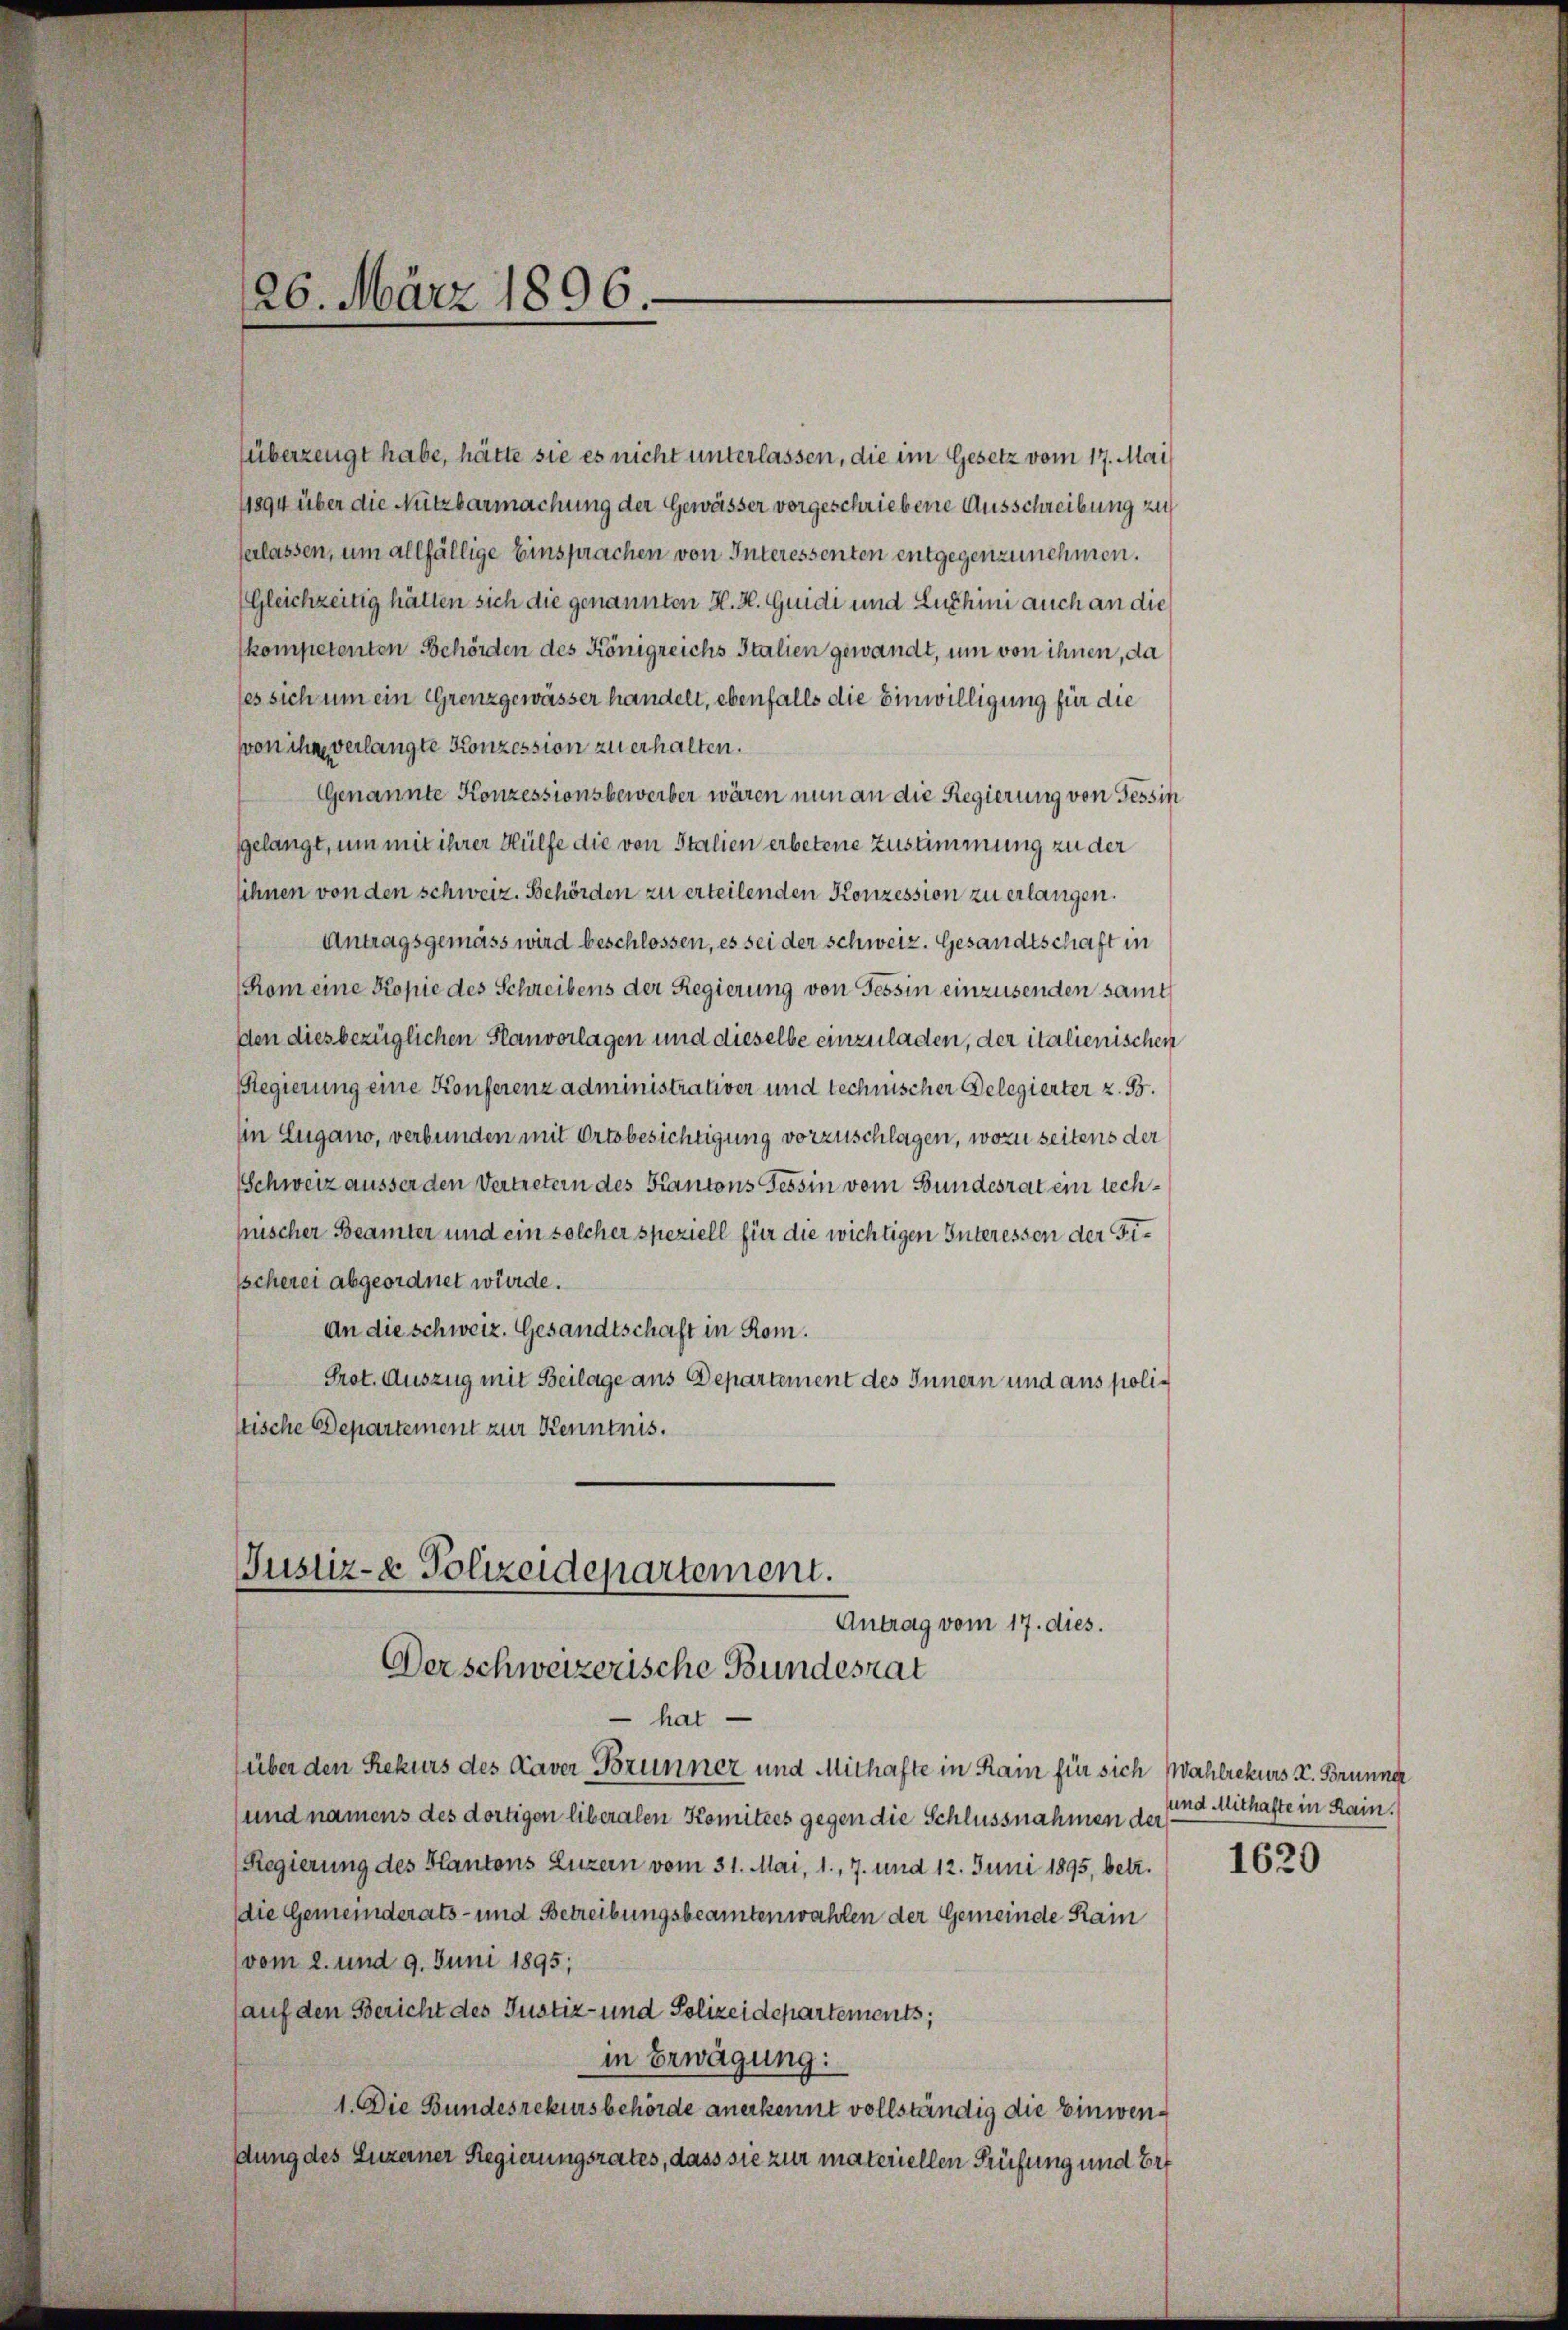
26. März 1896.

überzeugt habe, hätte sie es nicht unterlassen, die im Gesetz vom 17. Mai
11894 über die Nutzbarmachung der Gewässer vorgeschriebene Ausschreibung zu
verlassen, um allfällige Einsprachen von Interessenten entgegenzunehmen.
Gleichzeitig hätten sich die genannten H. H. Guidi und Luchini auch an die
kompetenten Behörden des Königreichs Italien gewandt, um von ihnen, da
(es sich um ein Grenzgewässer handelt, ebenfalls die Einwilligung für die
von ihn verlangte Konzession zu erhalten.
Genannte Konzessionsbewerber wären nun an die Regierung von Tessin
gelangt, um mit ihrer Hülfe die von Stalien erbetene Zustimmung zu der
sihnen von den schweiz. Behörden zu erteilenden Konzession zu erlangen.
Antragsgemäss wird beschlossen, es sei der schweiz. Gesandtschaft in
Kom eine Kopie des Schreibens der Regierung von Tessin einzusenden samt
den dies bezüglichen Planvorlagen und dieselbe einzuladen, der italienischen
Regierung eine Konferenz administrativer und technischer Delegierter z. B.
in Eugano, verbunden mit Ortsbesichtigung vorzuschlagen, wozu seitens der
Schweiz äusser den Vertretern des Kantons Tessin vom Bundesrat ein techfischer Beamter und ein solcher speziell für die wichtigen Interessen der Fi¬
Escherei abgeordnet würde.
An die schweiz. Gesandtschaft in Rom.
Prot. Auszug mit Beilage aus Departement des Innern und aus polistische Departement zur Kenntnis.

Justiz- & Polizeidepartement.
Antrag vom 17. dies.
Derschweizerische Bundesrat
 hat

(über den Rekurs des Caver Brunner und Mithafte in Kam für sich Wahlrekurs u. Brunner
und namens des dortigen liberalen Komitees gegen die Schlussnahmen der
(Regierung des Kantons Luzern vom 31. Mai, 1., 7. und 12. Juni 1895, betr.
die Gemeinderats- und Betreibungsbeamten wahlen der Gemeinde Rain
vom 2. und 9. Juni 1895;
(auf den Bericht des Justiz- und Polizeidepartements,
in Erwägung:
1. Die Bundesrekursbehörde anerkennt vollständig die Einwendung des Luzerner Regierungsrates, dass sie zur materiellen Prüfung und Bef

und Mithafte in Rain.

1620